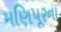
મણિપૂરના